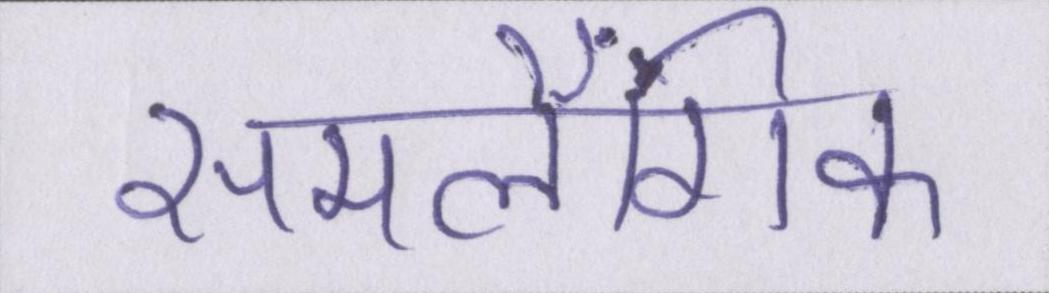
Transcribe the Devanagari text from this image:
समलैंगिक